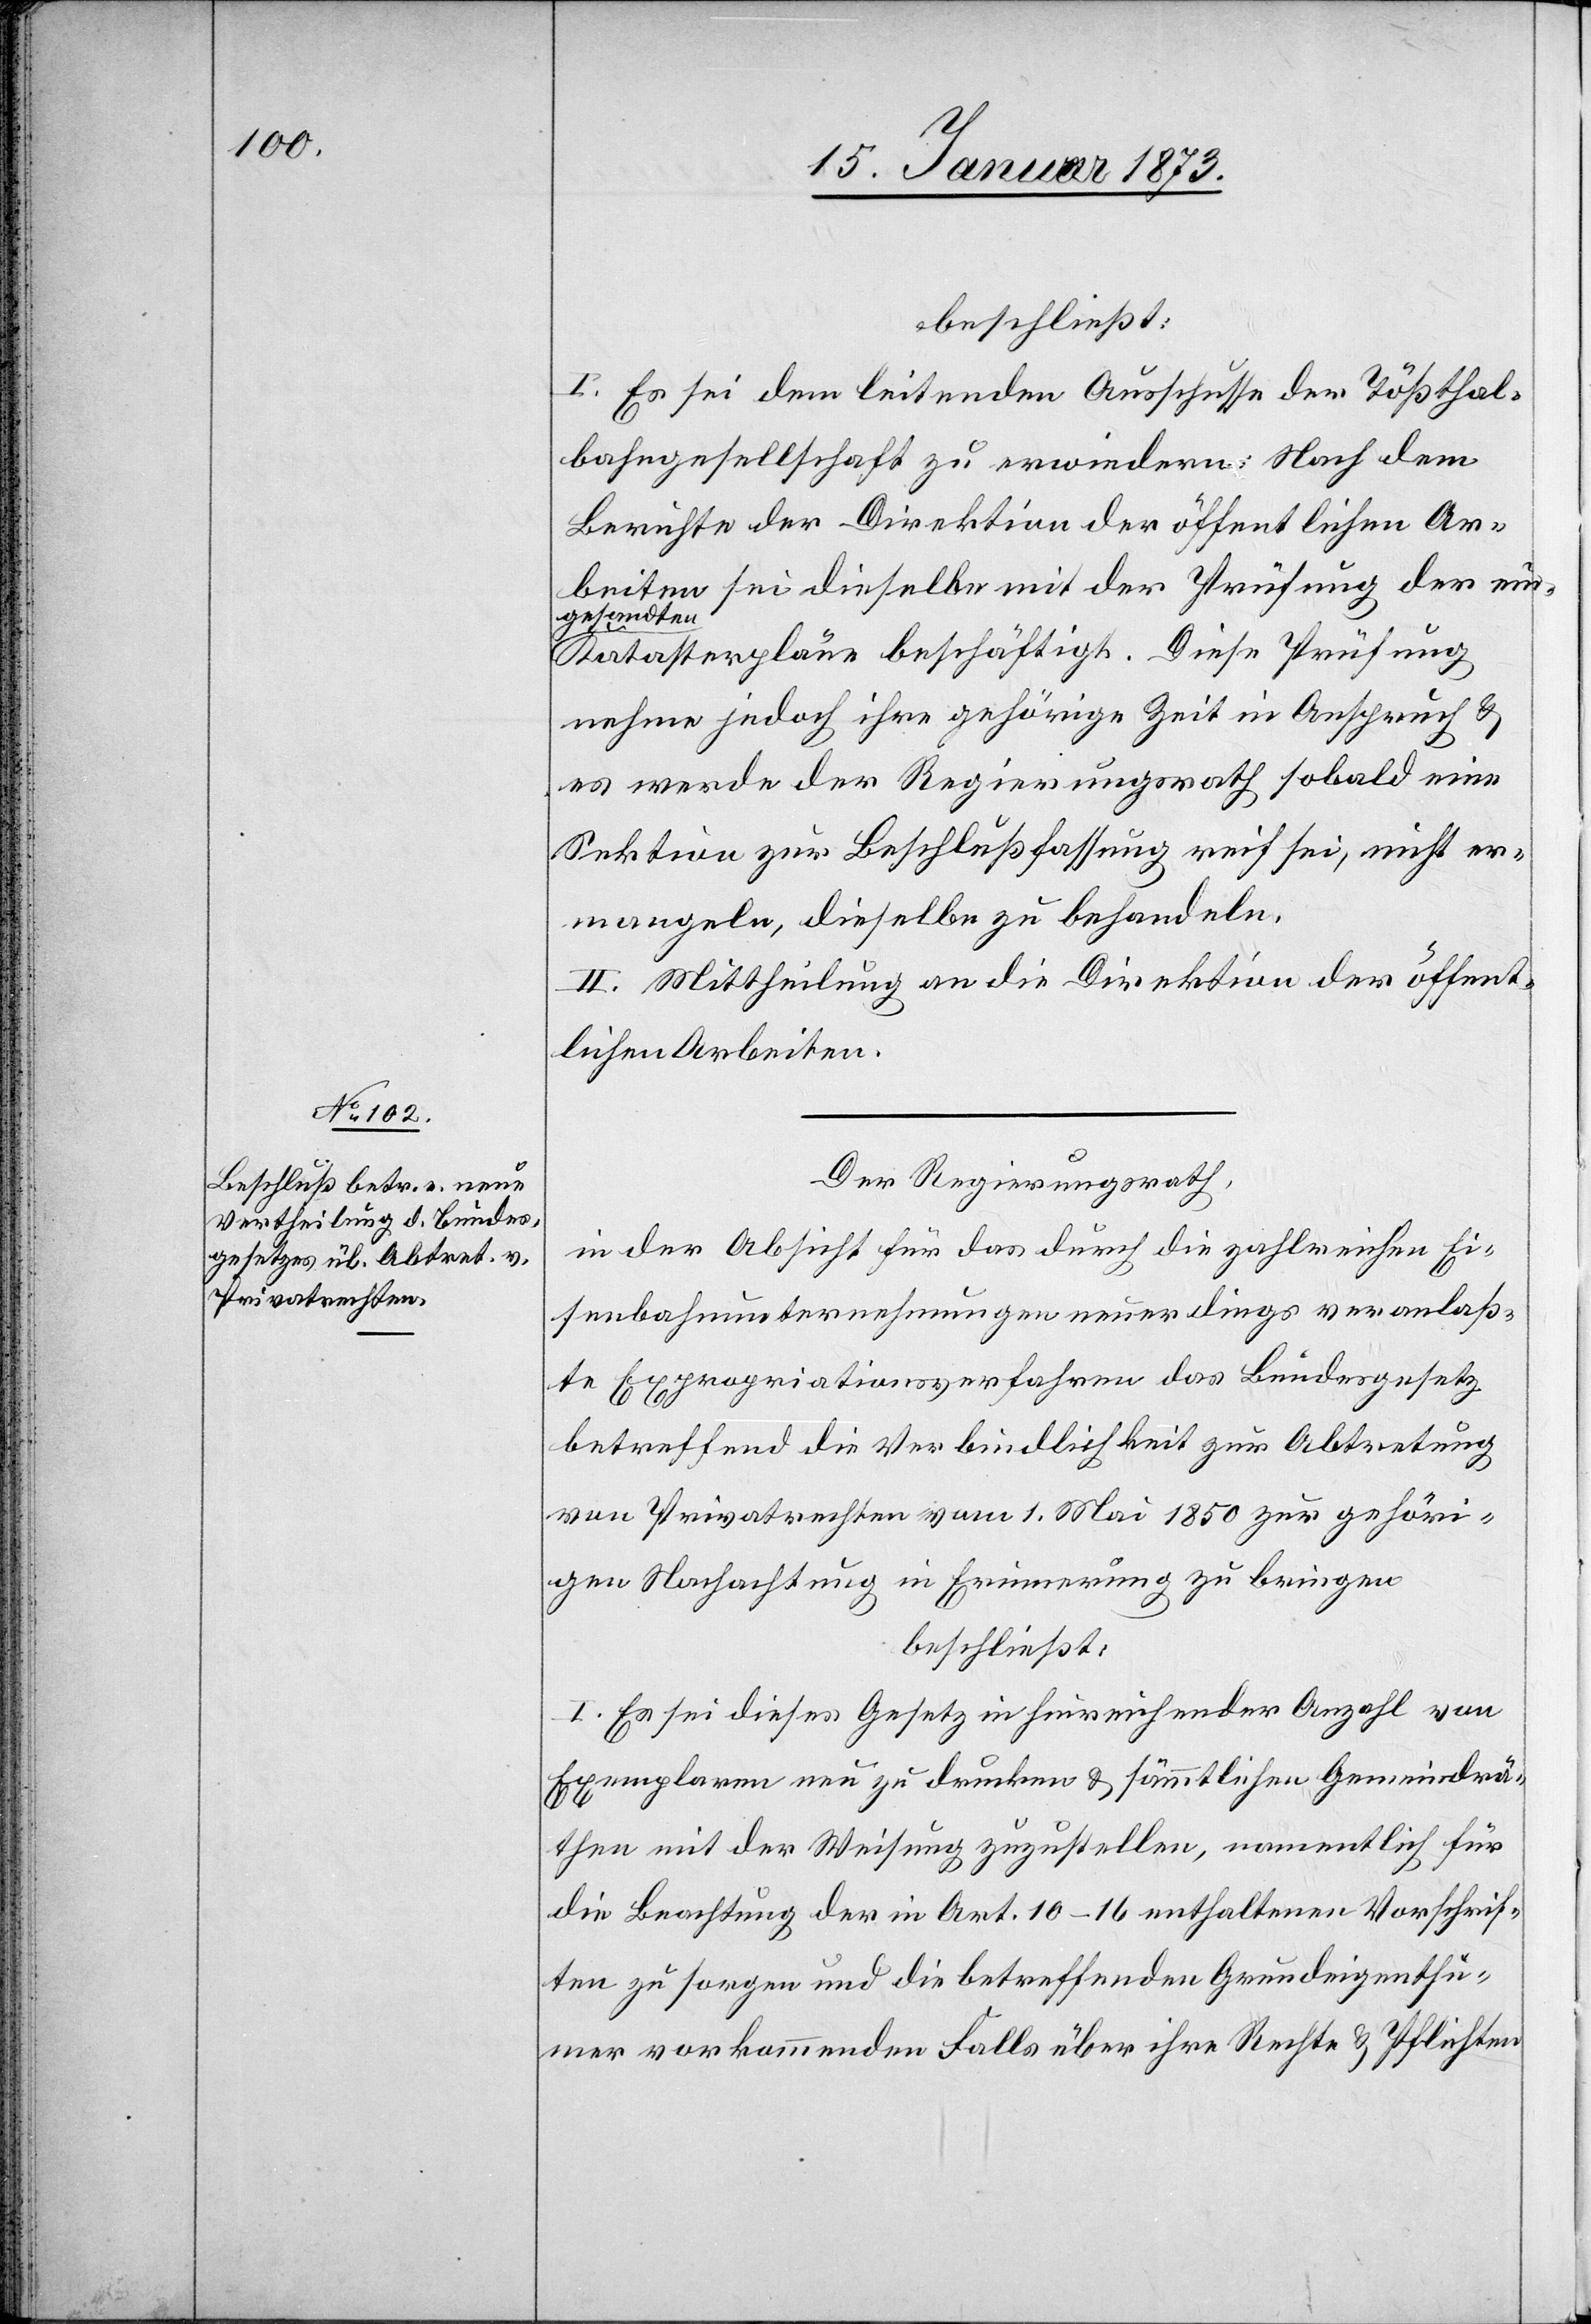
beschließt:
I. Es sei dem leitenden Ausschusse der Tößthal¬
bahngesellschaft zu erwiedern: Nach dem
Berichte der Direktion der öffentlichen Ar¬
beiten sei dieselbe mit der Prüfung der ein¬
gesandten
Katasterpläne beschäftigt. Diese Prüfung
nehme jedoch ihre gehörige Zeit in Anspruch u.
es werde der Regierungsrath sobald eine
Sektion zur Beschlußfassung reif sei, nicht er¬
mangeln, dieselbe zu behandeln.
II. Mittheilung an die Direktion der öffent¬
lichen Arbeiten.
Der Regierungsrath,
in der Absicht für das durch die zahlreichen Ei¬
senbahnunternehmungen neuerdings veranlaß¬
te Expropriationsverfahren das Bundesgesetz
betreffend die Verbindlichkeit zur Abtretung
von Privatrechten vom 1. Mai 1850 zur gehöri¬
gen Nachachtung in Erinnerung zu bringen
beschließt:
I. Es sei dieses Gesetz in hinreichender Anzahl von
Exemplaren neu zu drucken u. sämmtlichen Gemeindrä¬
then mit der Weisung zuzustellen, namentlich für
die Beachtung der in Art. 10–16 enthaltenen Vorschrif¬
ten zu sorgen und die betreffenden Grundeigenthü¬
mer vorkommenden Falls über ihre Rechte u. Pflichten